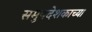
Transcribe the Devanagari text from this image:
समुपदेशकाच्या